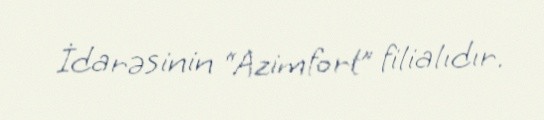
İdarəsinin “Azimfort” filialıdır.